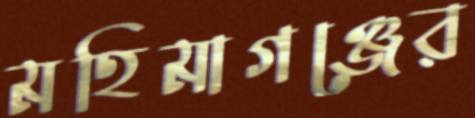
মহিমাগঞ্জের